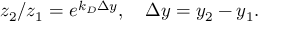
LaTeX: z _ { 2 } / z _ { 1 } = e ^ { k _ { D } \Delta y } , \quad \Delta y = y _ { 2 } - y _ { 1 } .